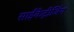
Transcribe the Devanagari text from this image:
साईंकेट्रीजिंग